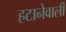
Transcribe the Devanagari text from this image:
हटानेवाली